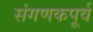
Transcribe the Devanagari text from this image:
संगणकपूर्व